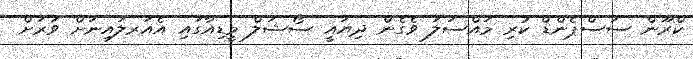
ކްރޫން ސަސްޕެންޑް ކުރި މައްސަލަ ވެގެން ދިޔައީ ސޯޝަލް މީޑިއާގައި އެއަރލައިނަށް ވަރަށް